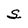
Character: S